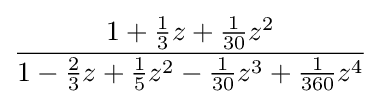
{\frac {1+{\frac {1}{3}}z+{\frac {1}{30}}z^{2}}{1-{\frac {2}{3}}z+{\frac {1}{5}}z^{2}-{\frac {1}{30}}z^{3}+{\frac {1}{360}}z^{4}}}